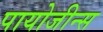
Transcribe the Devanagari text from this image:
पायोजीन्स